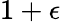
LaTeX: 1+\epsilon